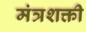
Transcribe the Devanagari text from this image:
मंत्रशक्ती